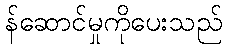
န်ဆောင်မှုကိုပေးသည်